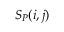
S _ { P } ( i , j )